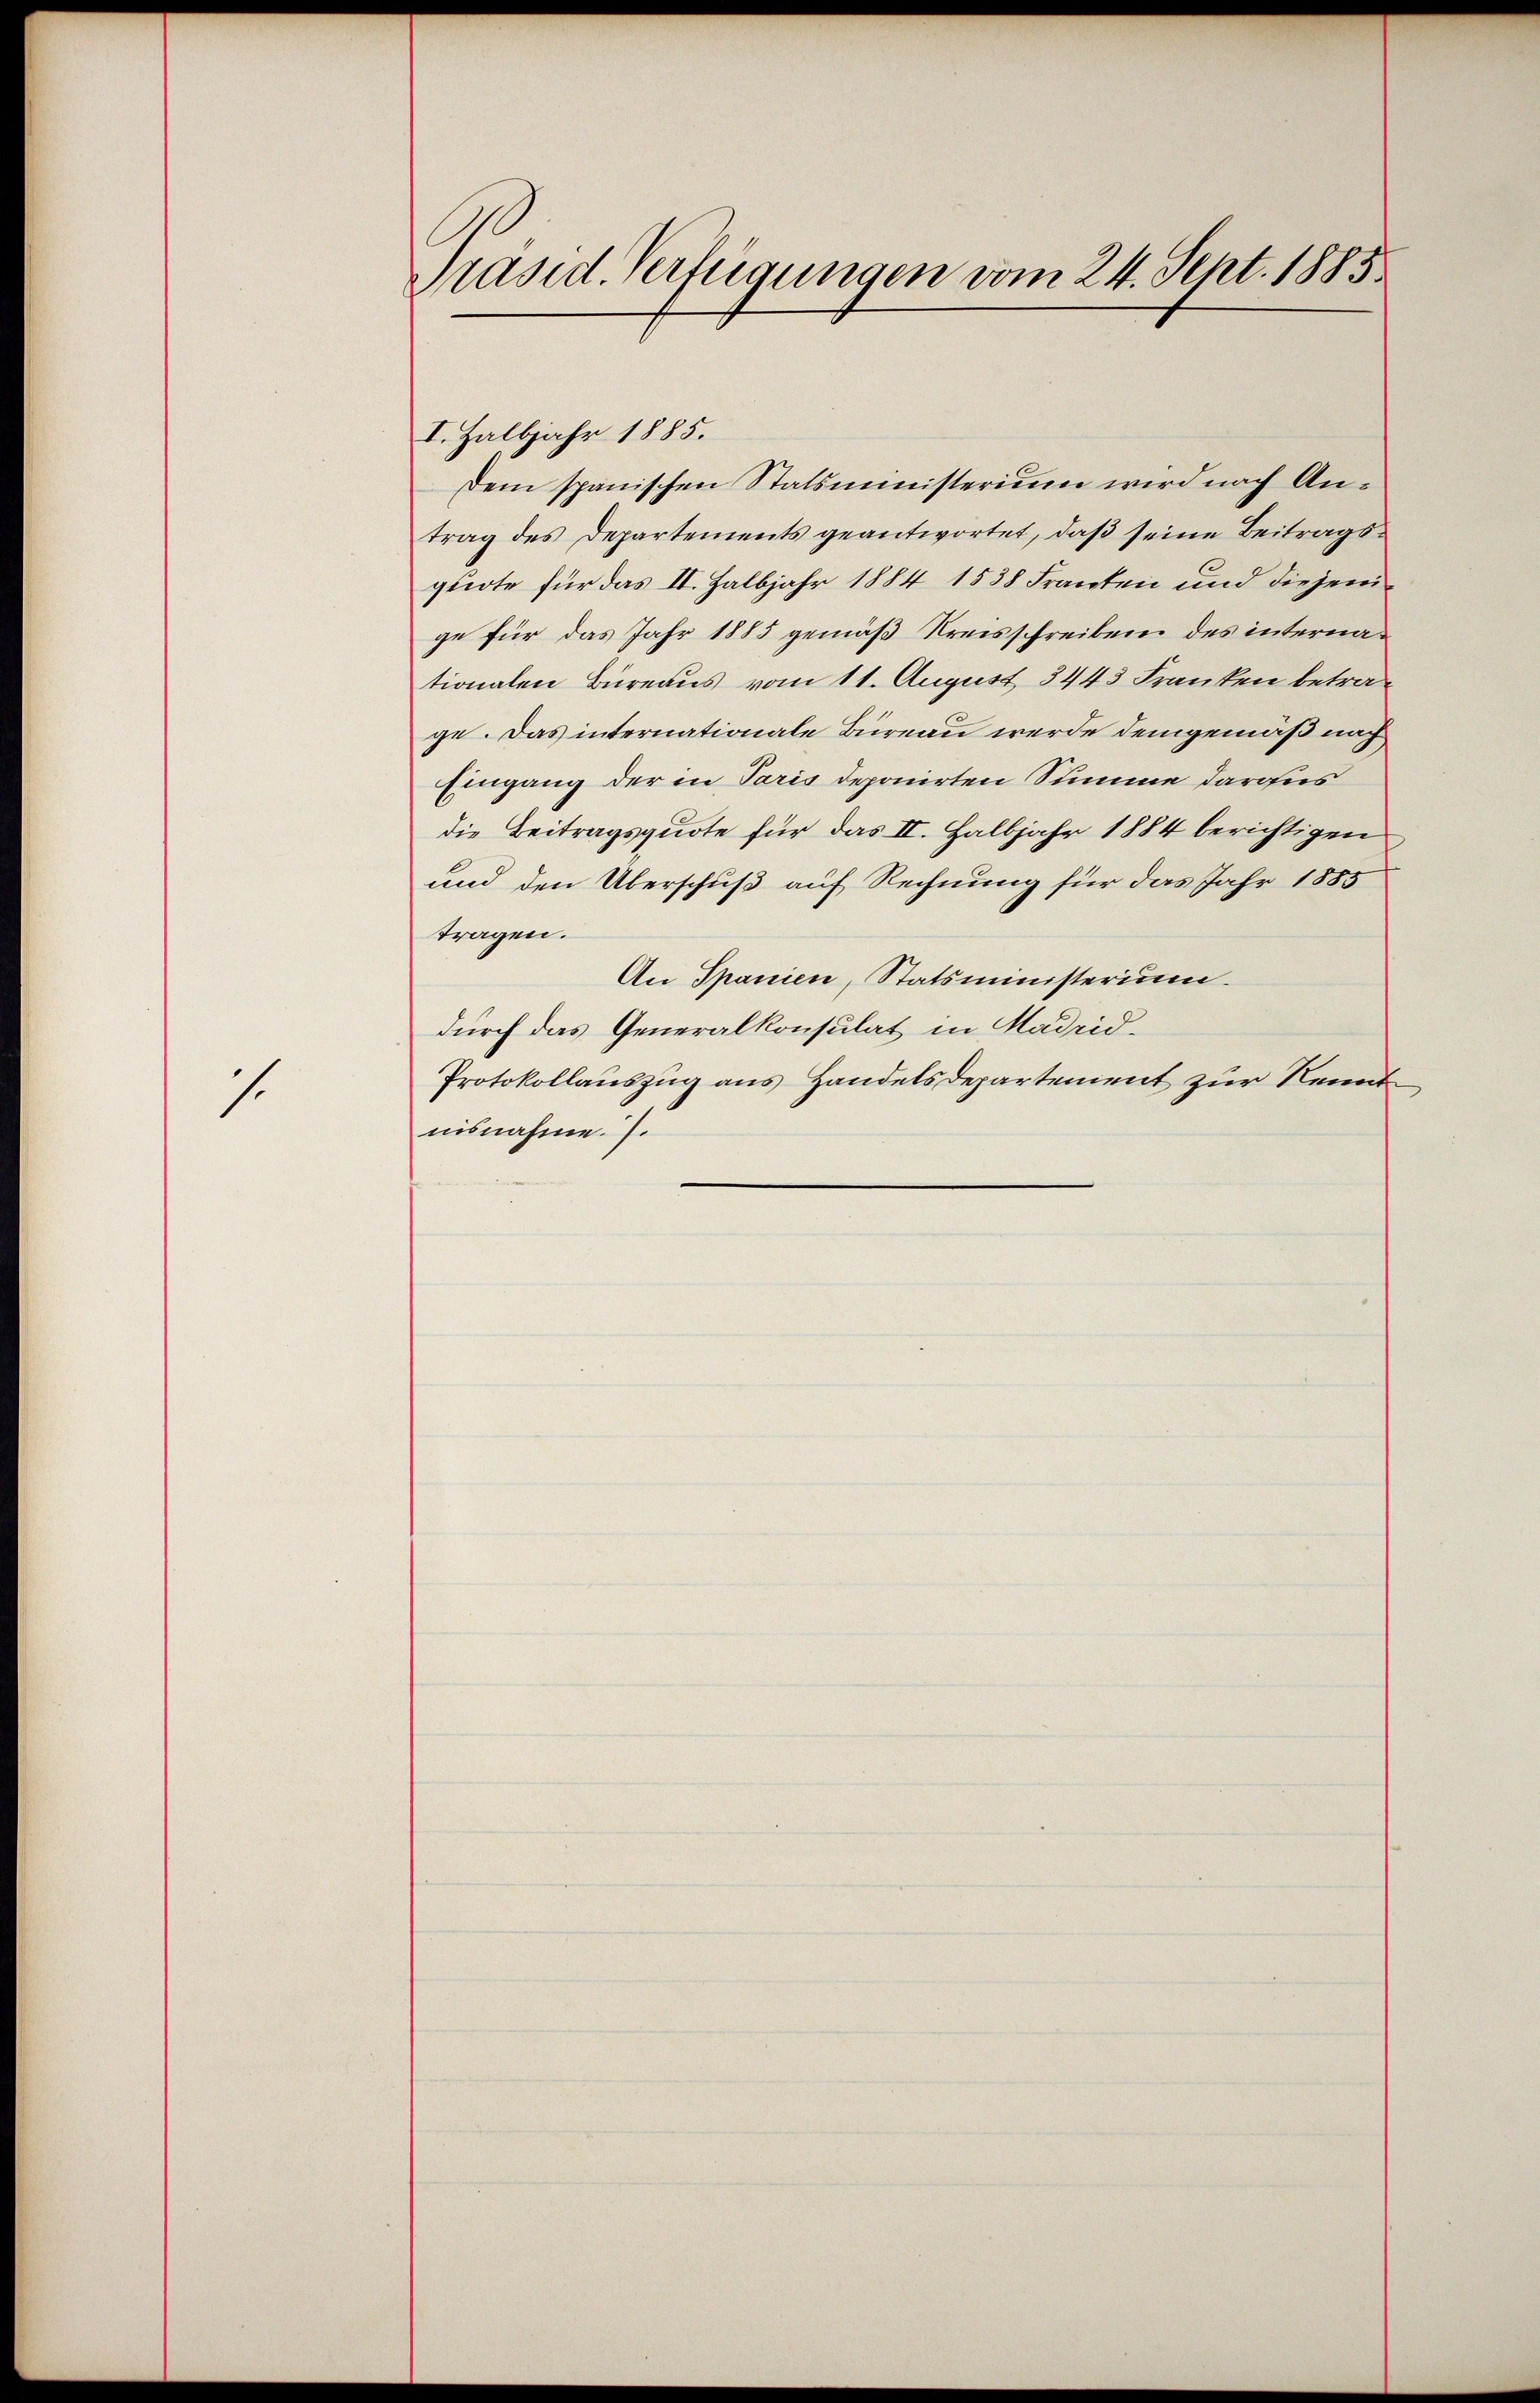
1.

Präsid. Verfügungen vom 24. Sept. 1885

I. Halbjahr 1885.
Dem spanischen Statsministerium wird nach Antrag des Departements geantwortet, daß seine Beitragsquote für das II. Halbjahr 1884 1538 Franten und diejenige für das Jahr 1885 gemäß Kreisschreiben des internationalen Büreaus vom 11. August 3443 Franken betrage. Das internationale Büreau werde demgemäß nach
Eingang der in Paris deponirten Summe daraus
die Beitragsquote für das II. Halbjahr 1884 berichtigen
und den Überschuß auf Rechnung für das Jahr 1885
tragen.
An Spanien, Statsministerium.
durch das Generalkonsulat in Hadrid¬
Protokollauszug aus Handelsdepartement zur Kennt
nisnahme. .